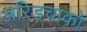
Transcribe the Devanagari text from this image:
अरिडचाको